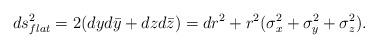
LaTeX: \begin{align*}ds^2_{flat} = 2 (dy d\bar y + dz d\bar z) =dr^2 + r^2 (\sigma_x^2 + \sigma_y^2 + \sigma_z^2) .\end{align*}